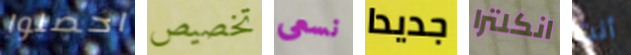
احصلوا تخصيص نسعى جديدا انكلترا أنت